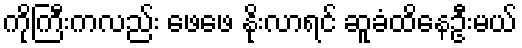
ကိုကြီးကလည်း ဖေဖေ နိုးလာရင် ဆူခံထိနေဦးမယ်